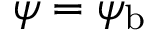
\psi = { \psi } _ { \mathrm { b } }